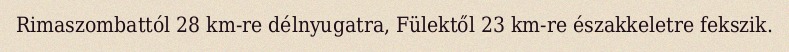
Rimaszombattól 28 km-re délnyugatra, Fülektől 23 km-re északkeletre fekszik.